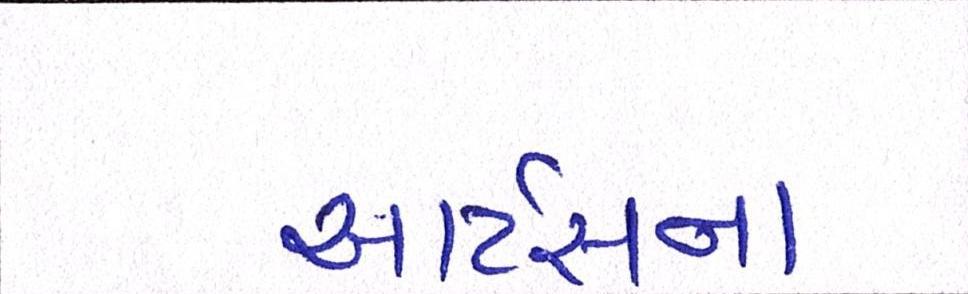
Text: આર્ટસના